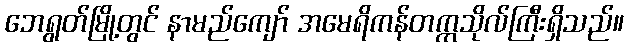
ဘေရွတ်မြို့တွင် နာမည်ကျော် အမေရိကန်တက္ကသိုလ်ကြီးရှိသည်။